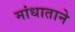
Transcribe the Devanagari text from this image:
मांधाताने